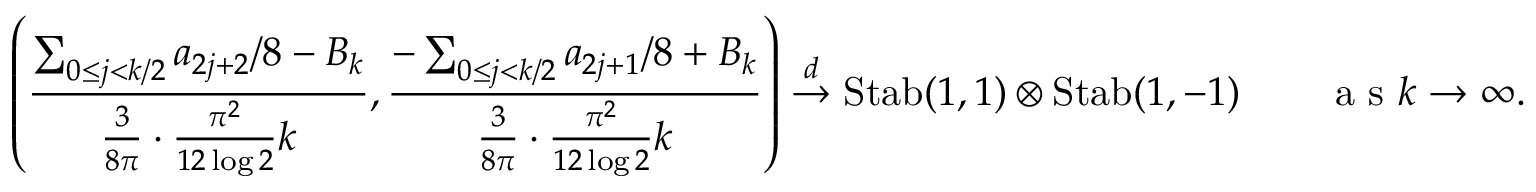
\left( \frac { \sum _ { 0 \le j < k / 2 } a _ { 2 j + 2 } / 8 - B _ { k } } { \frac { 3 } { 8 \pi } \cdot \frac { \pi ^ { 2 } } { 1 2 \log 2 } k } , \frac { - \sum _ { 0 \le j < k / 2 } a _ { 2 j + 1 } / 8 + B _ { k } } { \frac { 3 } { 8 \pi } \cdot \frac { \pi ^ { 2 } } { 1 2 \log 2 } k } \right) \overset { d } { \to } \mathrm { S t a b } ( 1 , 1 ) \otimes \mathrm { S t a b } ( 1 , - 1 ) \qquad \textrm { a s } k \to \infty .